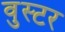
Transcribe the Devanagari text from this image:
वुस्टर